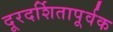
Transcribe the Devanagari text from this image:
दूरदर्शितापूर्वक